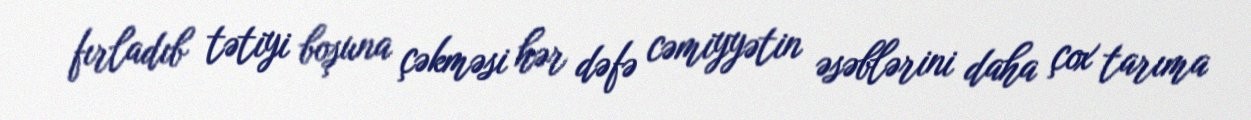
fırladıb tətiyi boşuna çəkməsi hər dəfə cəmiyyətin əsəblərini daha çox tarıma